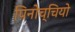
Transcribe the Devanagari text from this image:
पिनोच्चियो